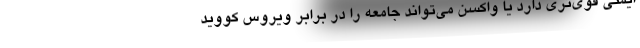
ایمنی قوی‌تری دارد یا واکسن می‌تواند جامعه را در برابر ویروس کووید